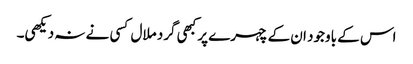
اس کے باوجود ان کے چہرے پر کبھی گرد ملال کسی نے نہ دیکھی۔